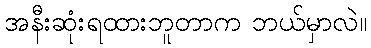
အနီးဆုံးရထားဘူတာက ဘယ်မှာလဲ။